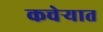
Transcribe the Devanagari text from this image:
कचेर्‍यात